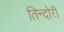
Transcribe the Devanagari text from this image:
तिन्दोरी